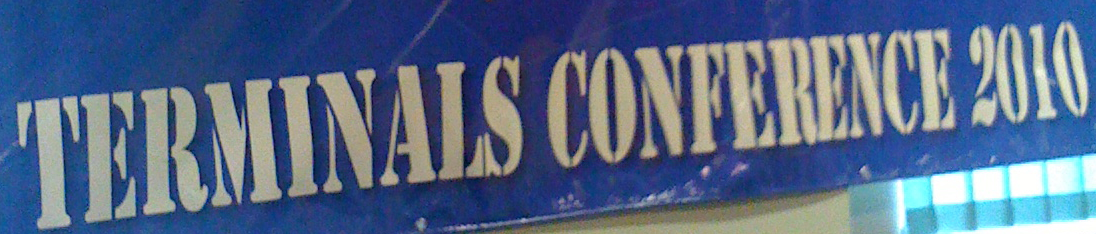
TERMINAIS CONFERENCE 2010